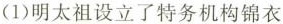
(1) 明太祖设立了特务机构锦衣